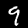
Digit: 9